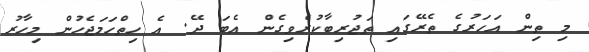
މި ތިން އަހަރުގެ ތެރޭގައި ތަޖުރިބާކުރެވިގެން އެބަ ދޭ. އެ ހިތްހަމަޖެހުން މިހާރު